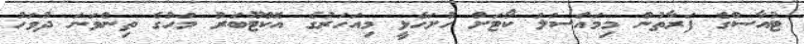
ޓުއާސްގެ ފަރާތުން މިމައްސަލަ ކޯޓަށް ހުށަހެޅީ މިއަހަރުގެ އޮކްޓޫބަރު މަހުގެ ތިންވަނަ ދުވަހު